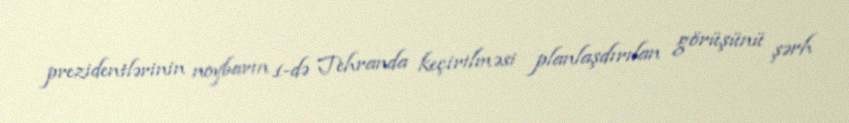
prezidentlərinin noybarın 1-də Tehranda keçirilməsi planlaşdırılan görüşünü şərh